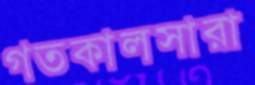
গতকালসারা